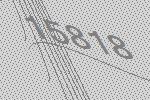
15818